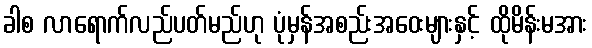
ခါစ လာရောက်လည်ပတ်မည်ဟု ပုံမှန်အစည်းအဝေးများနှင့် ထိုမိန်းမအား